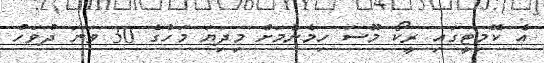
އެ ކޮމިޓީގައި ރީކޯ މޫސަ ހިމެނުމަށް މިދިޔަ މަހުގެ 30 ވަނަ ދުވަހު